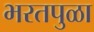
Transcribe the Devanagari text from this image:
भरतपुळा